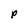
Character: p